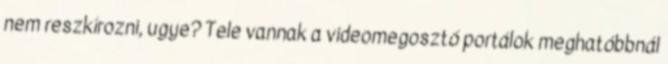
nem reszkírozni, ugye? Tele vannak a videomegosztó portálok meghatóbbnál